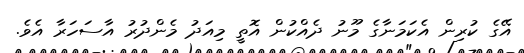
އޭގެ ކުރިން އެކަމަނާގެ މޫނު ދެއްކުން އޮތީ މިއަދު މެންދުރު އާސަހަރާ އެވެ.